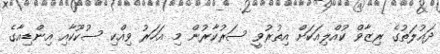
ދައުލަތުގެ ރިޒާވް ކުއްލިއަކަށް އިތުރުވީ ސަރުކާރުން މި އަހަރު ވިއްކި ސުކޫކާއި އިންޑިއާގެ